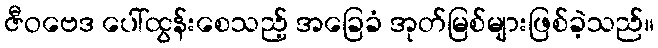
ဇီဝဗေဒ ပေါ်ထွန်းစေသည့် အခြေခံ အုတ်မြစ်များဖြစ်ခဲ့သည်။